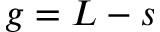
g = L - s